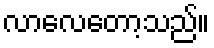
လာလေတော့သည်။